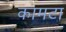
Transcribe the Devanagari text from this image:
कामटा